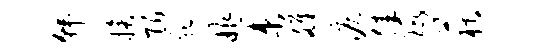
韩换陌肥昨束雒泪佳瑕荻